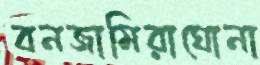
বনজামিরাঘোনা